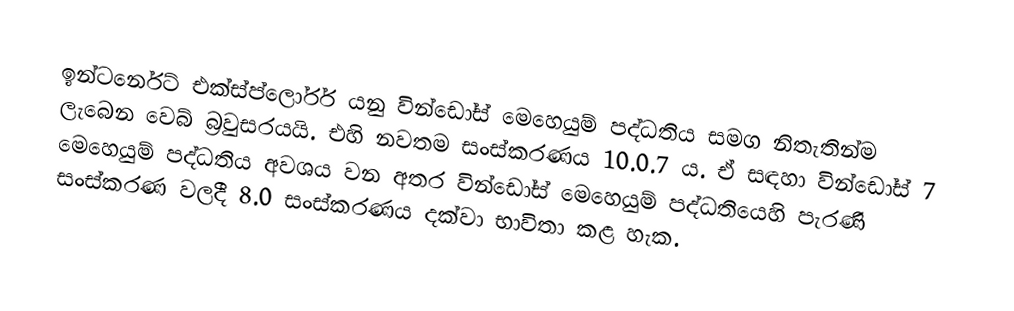
ඉන්ටර්නෙට් එක්ස්ප්ලෝරර් යනු වින්ඩෝස් මෙහෙයුම් පද්ධතිය සමග නිතැතින්ම ලැබෙන වෙබ් බ්‍රවුසරයයි. එහි නවතම සංස්කරණය 10.0.7 ය. ඒ සඳහා වින්ඩෝස් 7 මෙහෙයුම් පද්ධතිය අවශය වන අතර වින්ඩෝස් මෙහෙයුම් පද්ධතියෙහි පැරණි සංස්කරණ වලදී 8.0 සංස්කරණය දක්වා භාවිතා කළ හැක.